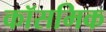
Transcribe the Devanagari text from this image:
कॉसमिक